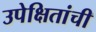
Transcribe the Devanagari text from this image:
उपेक्षितांची